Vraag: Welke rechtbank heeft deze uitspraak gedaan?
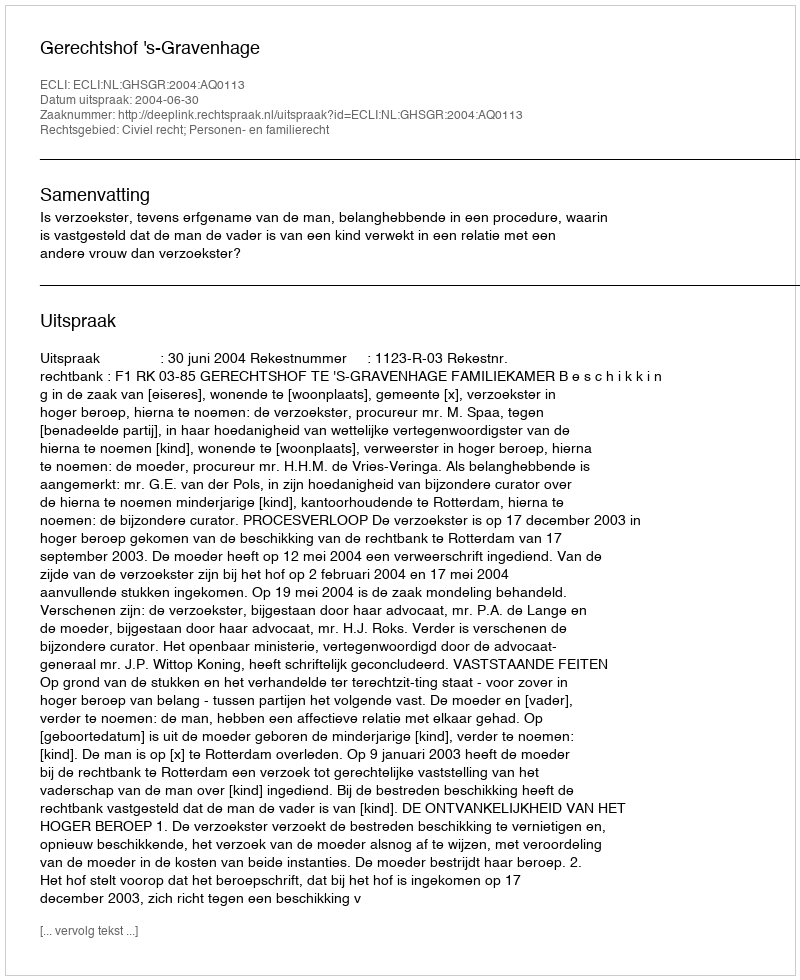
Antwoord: Gerechtshof 's-Gravenhage